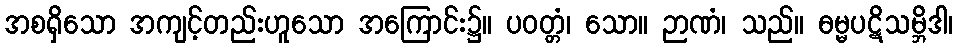
အစရှိသော အကျင့်တည်းဟူသော အကြောင်း၌။ ပဝတ္တံ၊ သော။ ဉာဏံ၊ သည်။ ဓမ္မပဋိသမ္ဘိဒါ၊